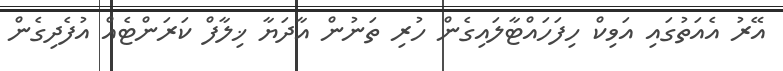
އޭރު އެއަތުގައި އަވިކް ހިފަހައްޓާލައިގެން ހުރި ތަނުން އާދަޔާ ޚިލާފް ކަރަންޓެއް އުފެދިގެން